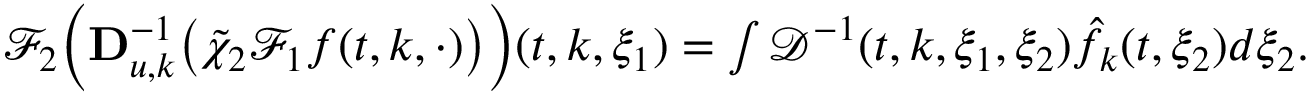
\begin{array} { r } { \mathcal { F } _ { 2 } \Big ( \mathbf { D } _ { u , k } ^ { - 1 } \big ( \tilde { \chi } _ { 2 } \mathcal { F } _ { 1 } f ( t , k , \cdot ) \big ) \Big ) ( t , k , \xi _ { 1 } ) = \int \mathcal { D } ^ { - 1 } ( t , k , \xi _ { 1 } , \xi _ { 2 } ) \hat { f } _ { k } ( t , \xi _ { 2 } ) d \xi _ { 2 } . } \end{array}